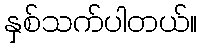
နှစ်သက်ပါတယ်။